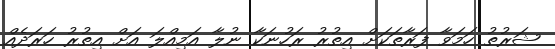
ޝަރުތު ހަމަވާ ފަރާތަކަށް އިތުރު ރަހުނަކާ ނުލާ އަމިއްލަ އަށް އިތުރު ހަރަދެއް